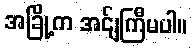
အခြို့က အင်ျကြီမပါ။